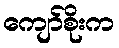
ကျော်စိုးက